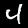
Label: 4